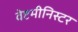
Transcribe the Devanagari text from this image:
वेष्टमीनिस्टर